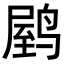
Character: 𬸟